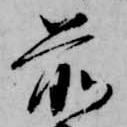
前